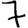
Digit: 7